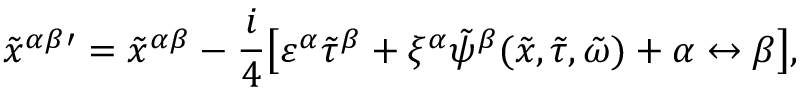
{ \tilde { x } ^ { \alpha \beta } } { } ^ { \prime } = { \tilde { x } ^ { \alpha \beta } } - \frac { i } { 4 } \big [ \varepsilon ^ { \alpha } { \tilde { \tau } } ^ { \beta } + \xi ^ { \alpha } \tilde { \psi } ^ { \beta } ( \tilde { x } , { \tilde { \tau } } , { \tilde { \omega } } ) + \alpha \leftrightarrow \beta \big ] ,